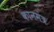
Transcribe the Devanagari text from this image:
कानमंत्र